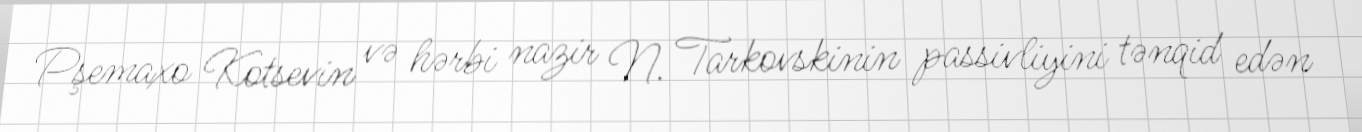
Pşemaxo Kotsevin və hərbi nazir N. Tarkovskinin passivliyini tənqid edən